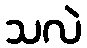
သလဲ